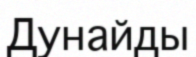
Дунайды